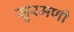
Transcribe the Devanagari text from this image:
सुरमणी